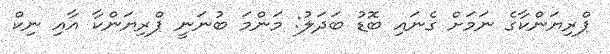
ޕްރިޔަންކާގެ ނަަމަށް ގެނައި ބޮޑު ބަދަލު: މަންމަ ބުނަނީ ޕްރިޔަންކާ އާއި ނިކް